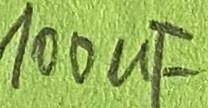
Text: 100µF